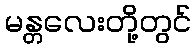
မန္တလေးတို့တွင်